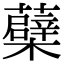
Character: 蘗